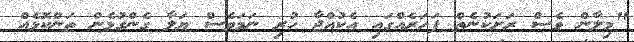
"މިލާން ވެސް ރަށަކުނެތް ފަހަރެއްގައި އެކުއްޖާ ހުރި ނަމަވެސް ޔަލާ ގެންގުޅެން ތަންކޮޅެއް